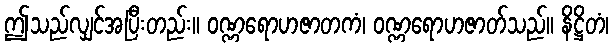
ဤသည်လျှင်အပြီးတည်း။ ဝဏ္ဏရောဟဇာတကံ၊ ဝဏ္ဏရောဟဇာတ်သည်။ နိဋ္ဌိတံ၊